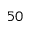
5 0